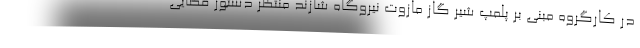
در کارگروه مبنی بر پلمپ شیر گاز مازوت نیروگاه شازند منتظر دستور قضایی